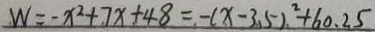
W = - x ^ { 2 } + 7 x + 4 8 = - ( x - 3 . 5 ) ^ { 2 } + 6 0 . 2 5